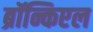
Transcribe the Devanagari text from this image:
ब्रॉन्किएल